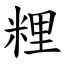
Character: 粴